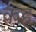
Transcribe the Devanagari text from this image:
कहं